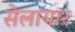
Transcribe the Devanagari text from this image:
सेलायार